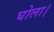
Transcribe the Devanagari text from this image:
घोला।